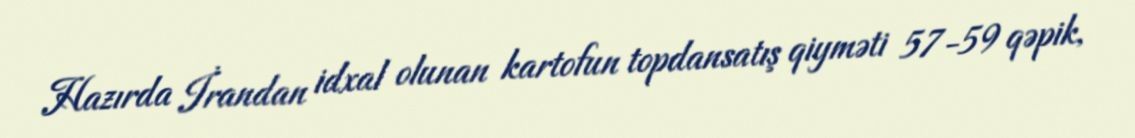
Hazırda İrandan idxal olunan kartofun topdansatış qiyməti 57-59 qəpik,